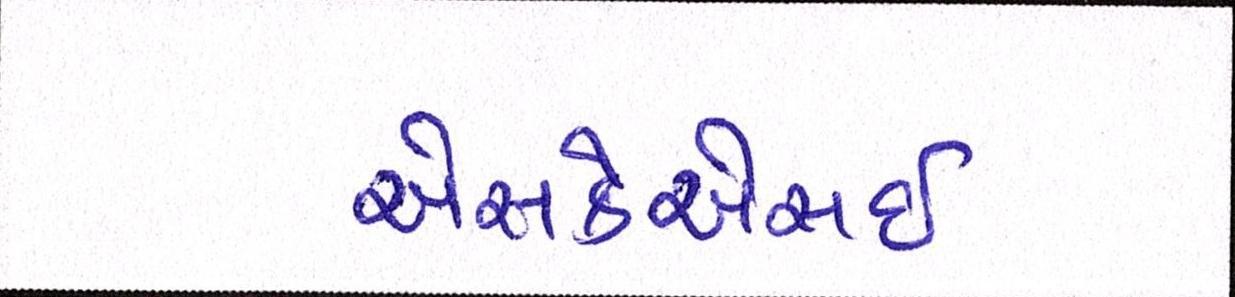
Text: એસકેએસઈ